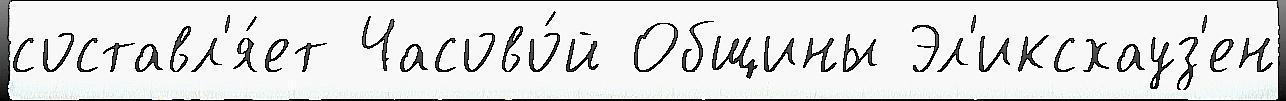
составл'я́ет Часово́й Общины Эл'иксхауз'ен